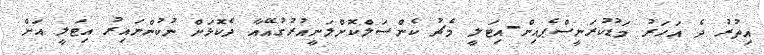
އިތުރު ދެ އަހަރު މަޑުކުރަނީސްޕެއިން-އިޓަލީ މެޗު ކެންސަލްކޮށްލަނީއުރުގުއޭއާ ދެކޮޅަށް ނުކުންނައިރު އިޓަލީ އަށް